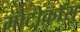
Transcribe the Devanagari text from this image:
मोटोक्राॅस